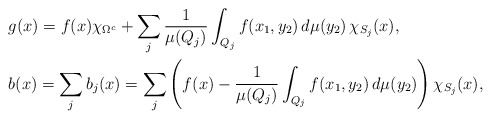
\begin{align*}&g(x)=f(x)\chi_{\Omega^c}+\sum_j\frac{1}{\mu(Q_{j})}\int_{Q_{j}}f(x_1,y_2)\,d\mu(y_2)\,\chi_{S_j}(x),\\&b(x)=\sum_{j}b_{j}(x)=\sum_{j}\left(f(x)-\frac{1}{\mu(Q_{j})}\int_{Q_{j}}f(x_1,y_2)\,d\mu(y_2)\right)\chi_{S_j}(x),\end{align*}